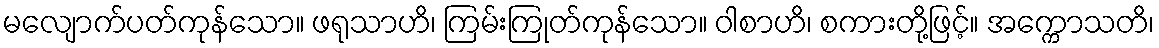
မလျောက်ပတ်ကုန်သော။ ဖရုသာဟိ၊ ကြမ်းကြုတ်ကုန်သော။ ဝါစာဟိ၊ စကားတို့ဖြင့်။ အက္ကောသတိ၊